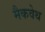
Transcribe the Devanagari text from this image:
मैकवेथ